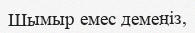
Шымыр емес демеңіз,